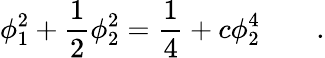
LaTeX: \phi_{1}^{2}+\frac{1}{2}\phi_{2}^{2}=\frac{1}{4}+c\phi_{2}^{4}\qquad.